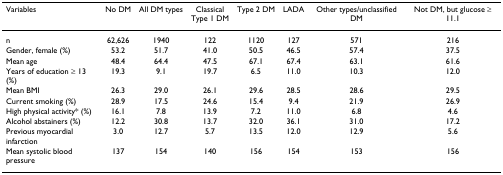
| Variables | No DM | All DM types | ClassicalType 1 DM | Type 2 DM | LADA | Other types/unclassified DM | Not DM, but glucose ≥ 11.1 |
 | --- | --- | --- | --- | --- | --- | --- | --- |
 | n | 62,626 | 1940 | 122 | 1120 | 127 | 571 | 216 |
 | Gender, female (%) | 53.2 | 51.7 | 41.0 | 50.5 | 46.5 | 57.4 | 37.5 |
 | Mean age | 48.4 | 64.4 | 47.5 | 67.1 | 67.4 | 63.1 | 61.6 |
 | Years of education ≥ 13 (%) | 19.3 | 9.1 | 19.7 | 6.5 | 11.0 | 10.3 | 12.0 |
 | Mean BMI | 26.3 | 29.0 | 26.1 | 29.6 | 28.5 | 28.6 | 29.5 |
 | Current smoking (%) | 28.9 | 17.5 | 24.6 | 15.4 | 9.4 | 21.9 | 26.9 |
 | High physical activity* (%) | 16.1 | 7.8 | 13.9 | 7.2 | 11.0 | 6.8 | 4.6 |
 | Alcohol abstainers (%) | 12.2 | 30.8 | 13.7 | 32.0 | 36.1 | 31.0 | 17.2 |
 | Previous myocardial infarction | 3.0 | 12.7 | 5.7 | 13.5 | 12.0 | 12.9 | 5.6 |
 | Mean systolic blood pressure | 137 | 154 | 140 | 156 | 154 | 153 | 156 |